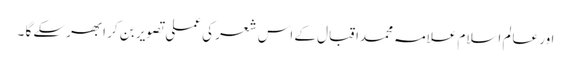
اور عالم اسلام علامہ محمداقبال کے اس شعر کی عملی تصویر بن کر ابھرسکے گا ۔